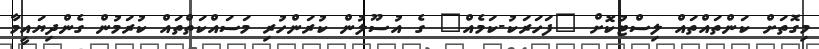
މިގޮތަށް ކަންތައްތައް ލިސްޓުކޮށް "ފަހަރަކު-ކަމެއް" ގެ އުސޫލުން ކުރަންހުރި މަސައްކަތްތައް ކުރަމުން ގެންދިޔައީމާ